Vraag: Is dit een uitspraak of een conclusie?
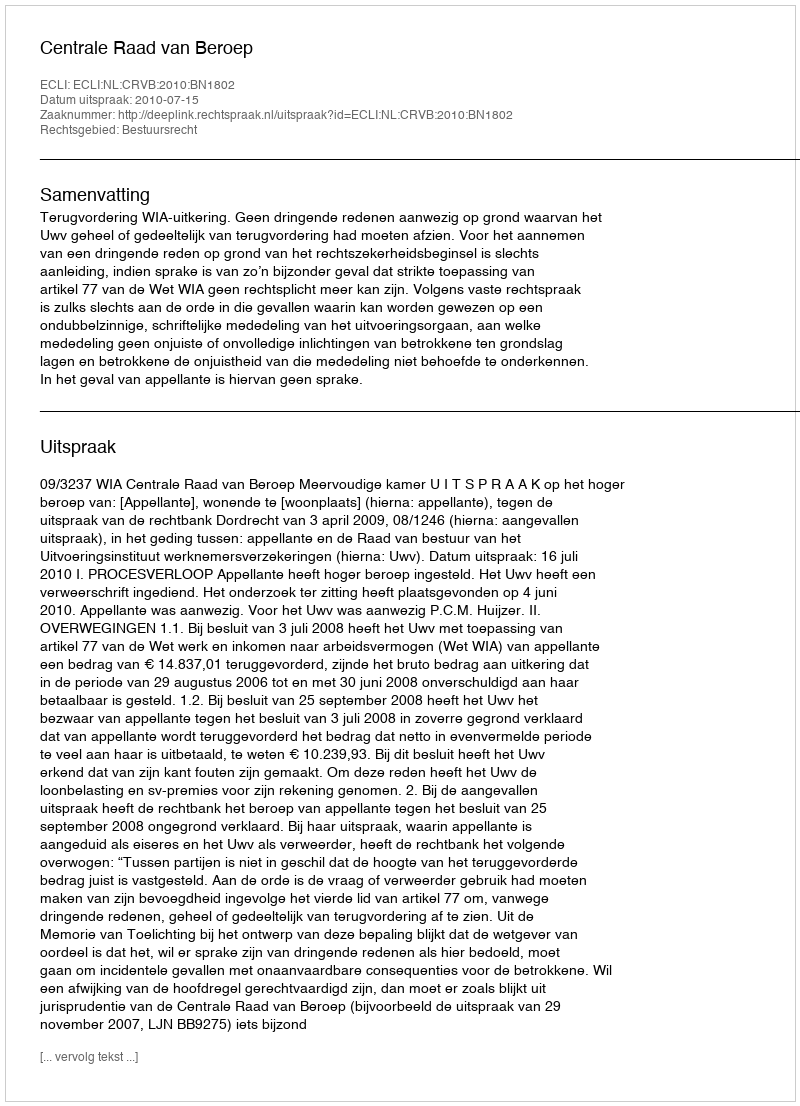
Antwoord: Uitspraak